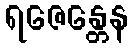
ရဇေန္တေန